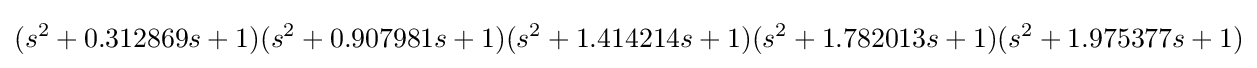
(s^{2}+0.312869s+1)(s^{2}+0.907981s+1)(s^{2}+1.414214s+1)(s^{2}+1.782013s+1)(s^{2}+1.975377s+1)